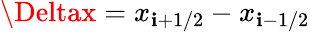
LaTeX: \Deltax=x_{\mathbf{i}+1/2}-x_{\mathbf{i}-1/2}